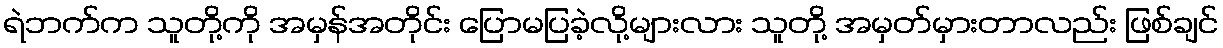
ရဲဘက်က သူတို့ကို အမှန်အတိုင်း ပြောမပြခဲ့လို့များလား သူတို့ အမှတ်မှားတာလည်း ဖြစ်ချင်